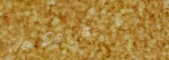
We Deliver